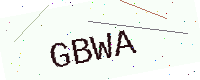
Text: GBWA